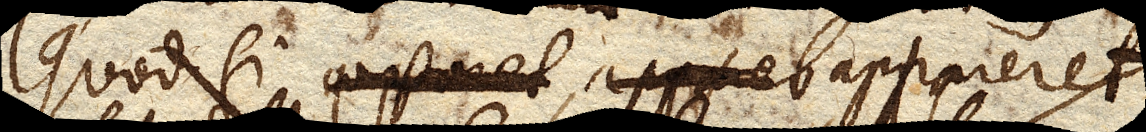
Quod si appareret